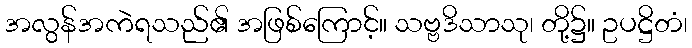
အလွန်အကဲရသည်၏ အဖြစ်ကြောင့်။ သဗ္ဗဒိသာသု၊ တို့၌။ ဥပဋ္ဌိတံ၊